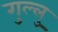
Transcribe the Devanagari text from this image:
गुल्लु